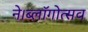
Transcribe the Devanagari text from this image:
ने।ब्लॉगोत्सव